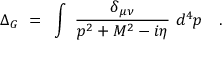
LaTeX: \Delta _ { G } ~ = ~ \int ~ { \frac { \delta _ { \mu \nu } } { p ^ { 2 } + M ^ { 2 } - i \eta } } ~ d ^ { 4 } p \quad .